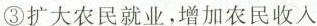
③扩大农民就业，增加农民收入